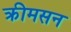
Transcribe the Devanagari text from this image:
क्रीमसन